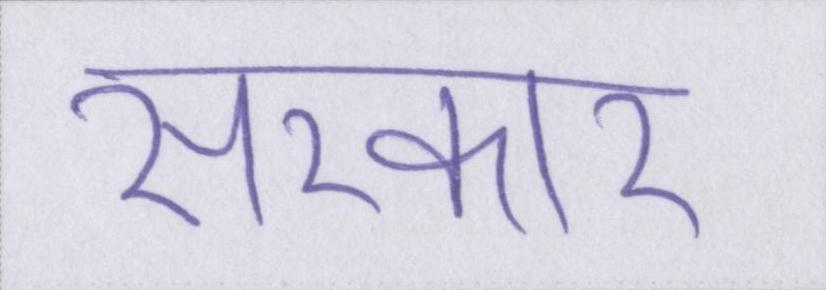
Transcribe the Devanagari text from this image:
सरकार